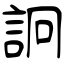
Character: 詗